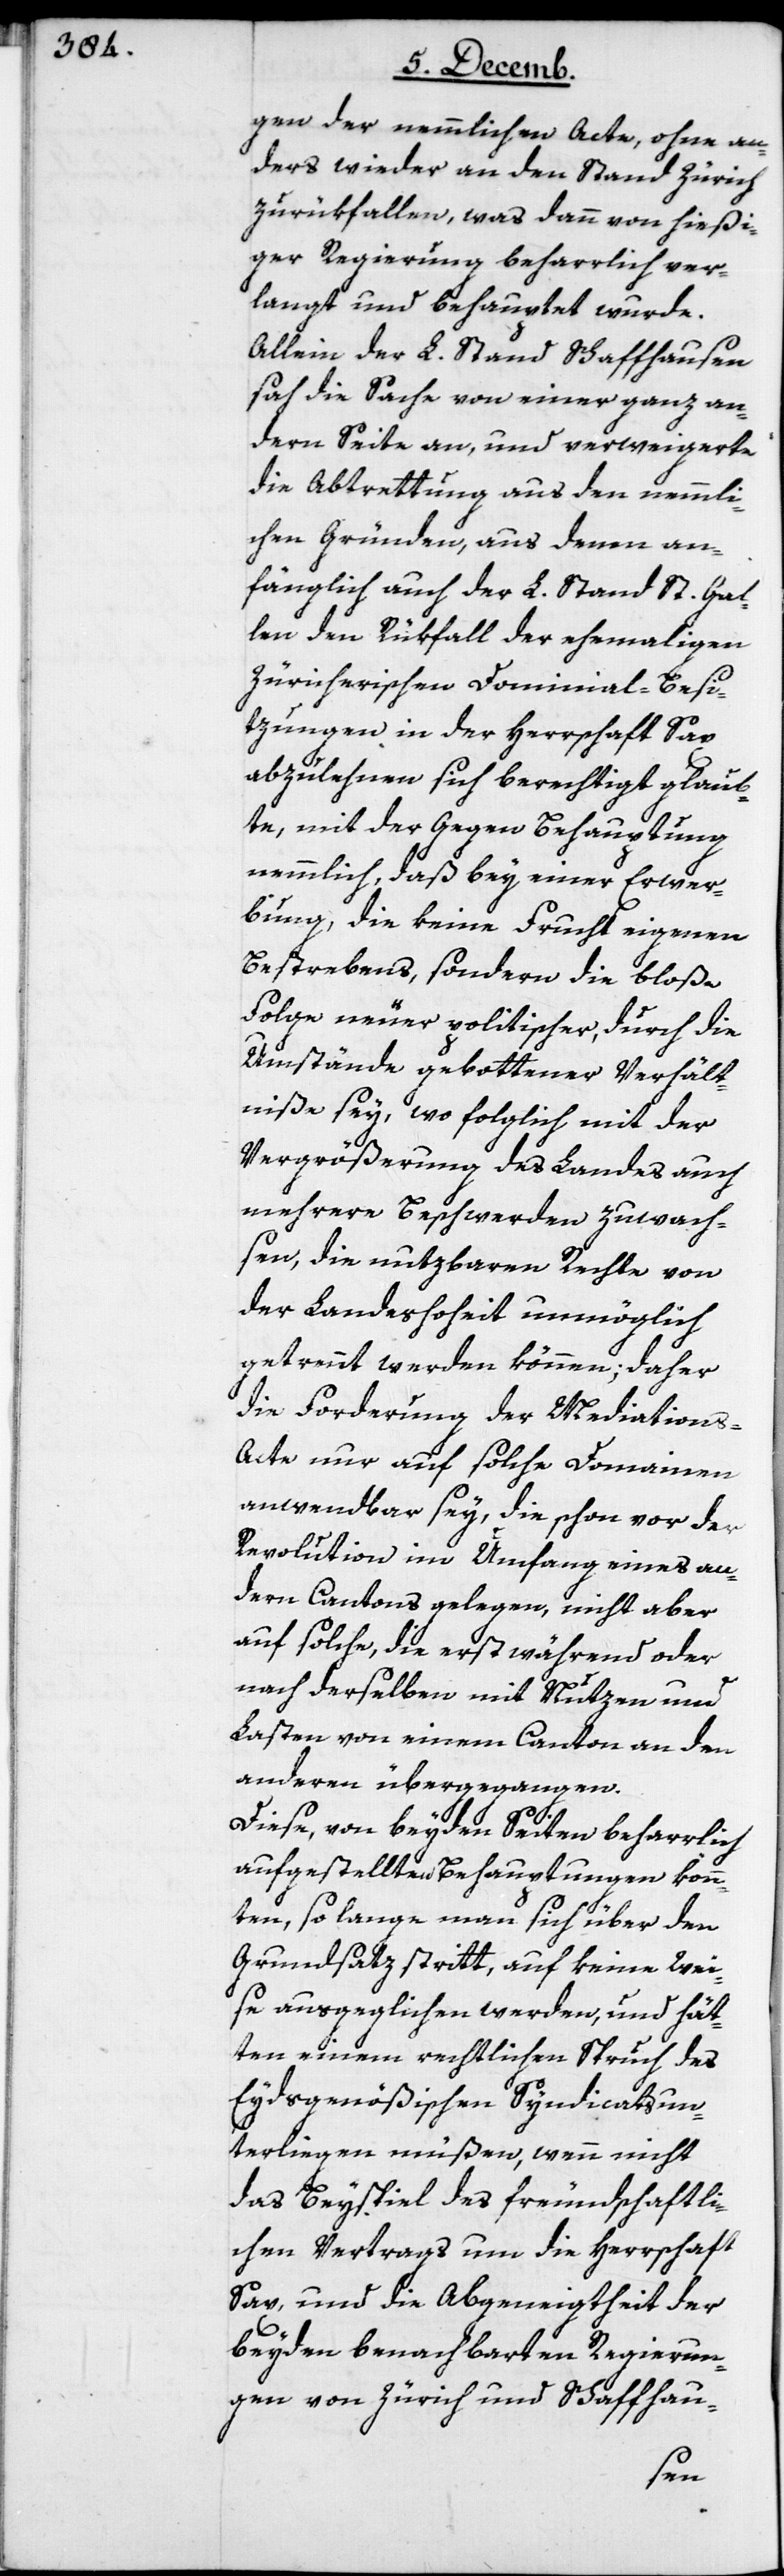
gen der nämmlichen Acte, ohne an¬
ders wieder an den Stand Zürich
zurükzufallen, was dann von hießi¬
ger Regierung beharrlich ver¬
langt und behauptet wurde.
Allein der L. Stand Schaffhausen
sah die Sache von einer ganz an¬
dern Seite an, und verweigerte
die Abtrettung aus den nemmli¬
chen Gründen, aus denen an¬
fänglich auch der L. Stand St. Gal¬
len den Rükfall der ehemahligen
Zürcherischen Dominial-Besi¬
tzungen in der Herrschaft Sax
abzulehnen sich berechtigt glaub¬
te, mit der Gegen Behauptung
nemmlich, daß bey einer Erwer¬
bung, die keine Frucht eigenen
Bestrebens, sondern die bloße
Folge neuer politischer, durch die
Umstände gebottener Verhält¬
niße sey, wo folglich mit der
Vergrößerung des Landes auch
mehrere Beschwerden zuwach¬
sen, die nutzbaren Rechte von
der Landeshoheit unmöglich
getrennt werden können; daher
die Forderung der Mediations-A¬
cte nur auf solche Domainen
anwendbar sey, die schon vor der
Revolution im Umfang eines an¬
dern Cantons gelegen, nicht aber
auf solche, die erst während oder
nach derselben mit Nutzen und
Lasten von einem Canton an den
andern übergegangen.
Diese, von beyden Seiten beharrlich
aufgestellten Behauptungen könn¬
ten, so lange man sich über den
Grundsatz stritt, auf keine Wei¬
se ausgeglichen werden, und hät¬
ten einem rechtlichen Spruch des
Eydsgenößischen Syndicats un¬
terliegen müßen, wenn nicht
das Beyspiel des freundschaftli¬
chen Vertrags um die Herrschaft
Sax, und die Abgeneigtheit der
beyden benachbarten Regierun¬
gen von Zürich und Schaffhau-